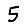
Digit: 5